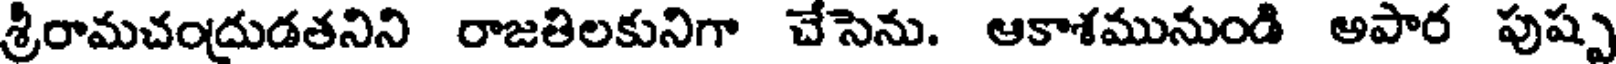
శ్రీరామచంద్రుడతనిని రాజతిలకునిగా చేసెను. ఆకాశమునుండి అపార పుష్ప